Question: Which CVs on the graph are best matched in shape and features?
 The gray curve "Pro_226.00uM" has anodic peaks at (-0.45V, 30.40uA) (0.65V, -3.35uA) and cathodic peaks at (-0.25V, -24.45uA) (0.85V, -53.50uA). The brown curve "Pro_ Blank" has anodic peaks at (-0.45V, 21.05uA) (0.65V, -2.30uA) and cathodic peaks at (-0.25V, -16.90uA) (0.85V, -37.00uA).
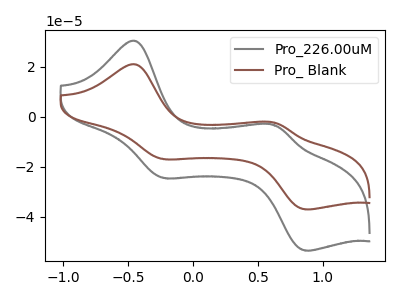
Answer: <think>All the peaks in "Pro_226.00uM" have a peak in "Pro_ Blank" at the same potential.
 </think>
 <answer>"Pro_ Blank" and "Pro_226.00uM" have the same shape and are likely CV's of the same chemical.</answer>
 <eval>"Pro_ Blank" "Pro_226.00uM"</eval>